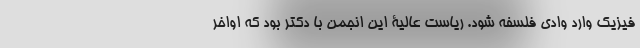
فیزیک وارد وادی فلسفه شود. ریاست عالیۀ این انجمن با دکتر بود که اواخر